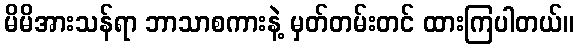
မိမိအားသန်ရာ ဘာသာစကားနဲ့ မှတ်တမ်းတင် ထားကြပါတယ်။